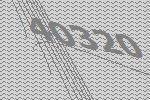
40320